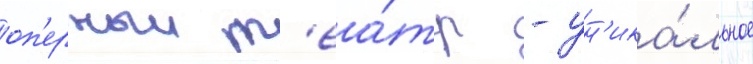
оп'ерныи т'еа́тр - ун'ика́льное